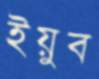
ইয়ুব